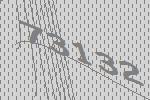
73132